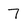
Character: 7